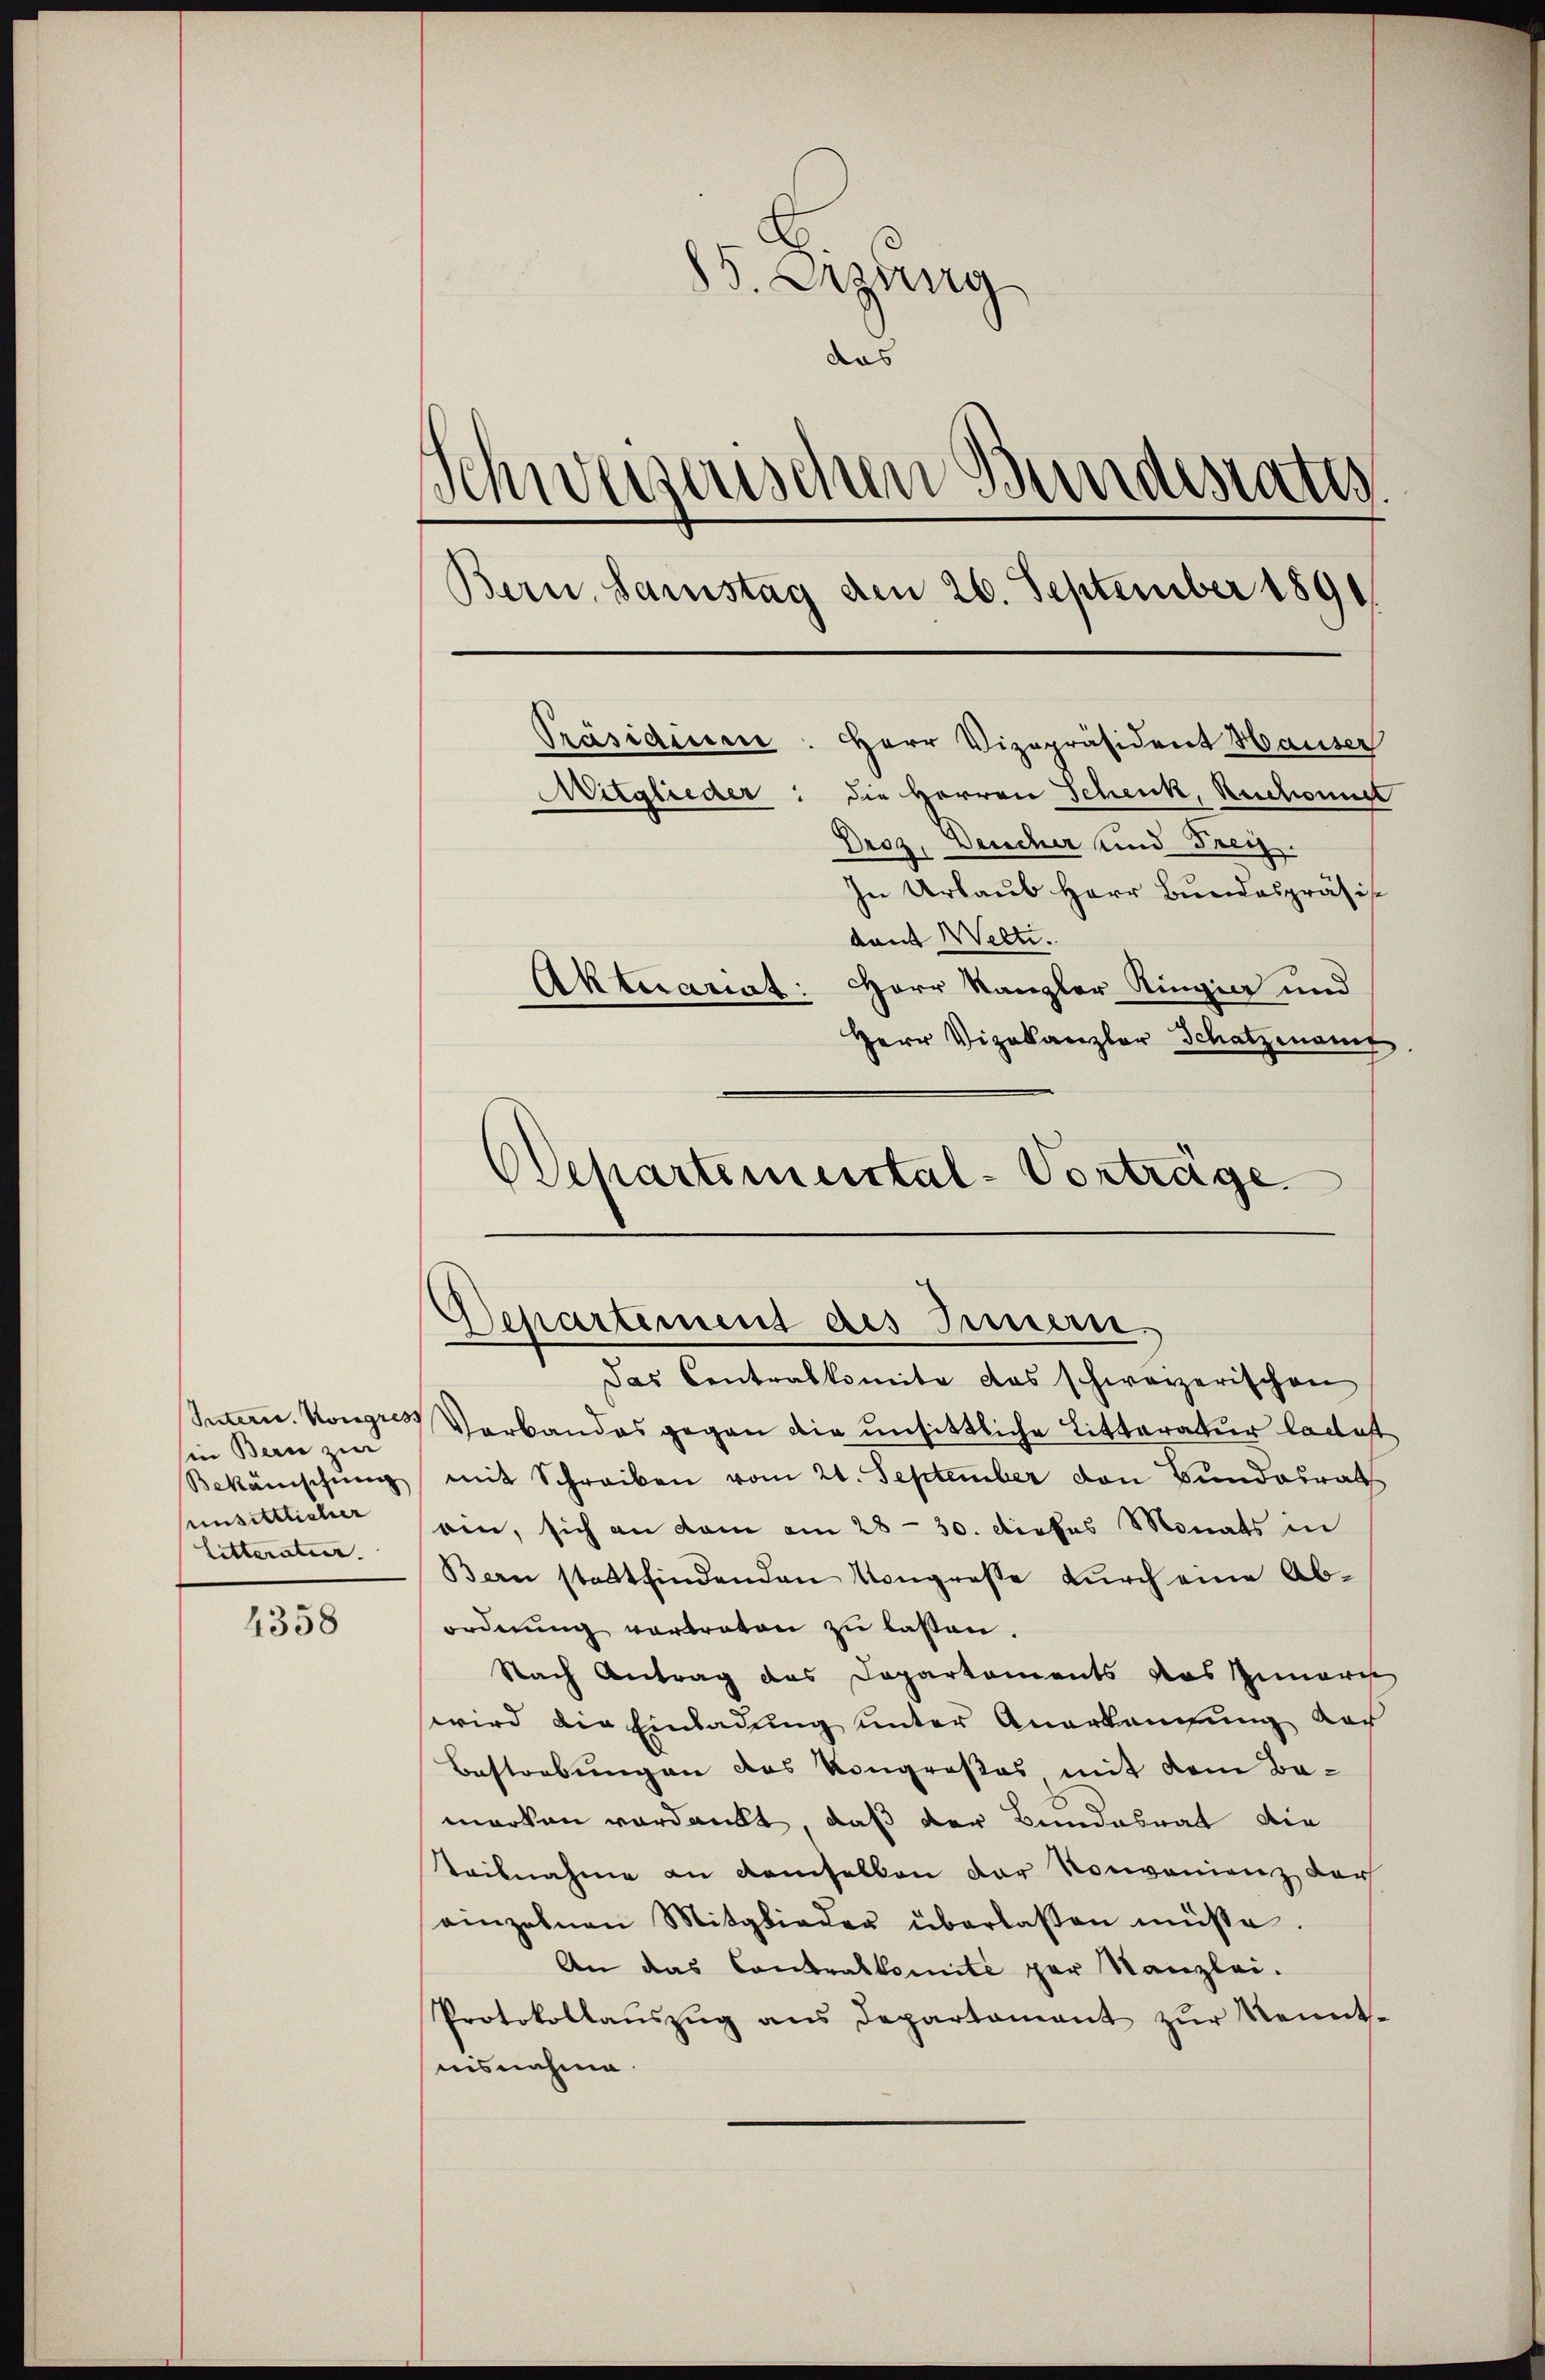
4358

85. Legung
das
Schwei
erischen Bundestatt.
Bern, Samstag den 26. September 1891
Präsidium. Herr Vizepräsident Hauser
Mitglieder: die Herren Schenk, Rechanist
Droz, Deucher und Frey.
In Urlaub Herr Bundespräsis.
dant Welti.
Herr Kanzler Ringia und
Aktuariat:

in Bern zur
unsittlicher
Litteratur.

Departement des Innern.
Das Centralkomite das schwarzerischen

Herr Vizekanzler Schatzmann
Departemental-Vorträge

Intern. Kongr Verbandes gegen die unsittliche Litteratur lacast
Bekänischung mit Schreiben vom 21. September den Bundesrath
ein, sich an dem am 28. 30. Dieses Monats in
Bern stattfindenden Kongresse dŭrch eine Ab-
ordnung vortreten zu lassen
Nach Antrag das Departements das Gemari
wird die Einladung unter Anerkangung der
Bestrebungen das Kongroßes mit dem Bamarken verdankt, daß der Bundesrat die
teilnahme an demselben der Konvenienz der
einzelnen Mitglieder überlassen müsse.
An das Contralkomité par Kanzlei.
Protokollaŭszŭg ans Departament zŭr Kennt-
nisnahme.